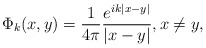
\begin{align*}\Phi_{k}(x,y)=\frac{1}{4\pi}\frac{e^{i k |x-y|}}{|x-y|},x\neq y,\end{align*}